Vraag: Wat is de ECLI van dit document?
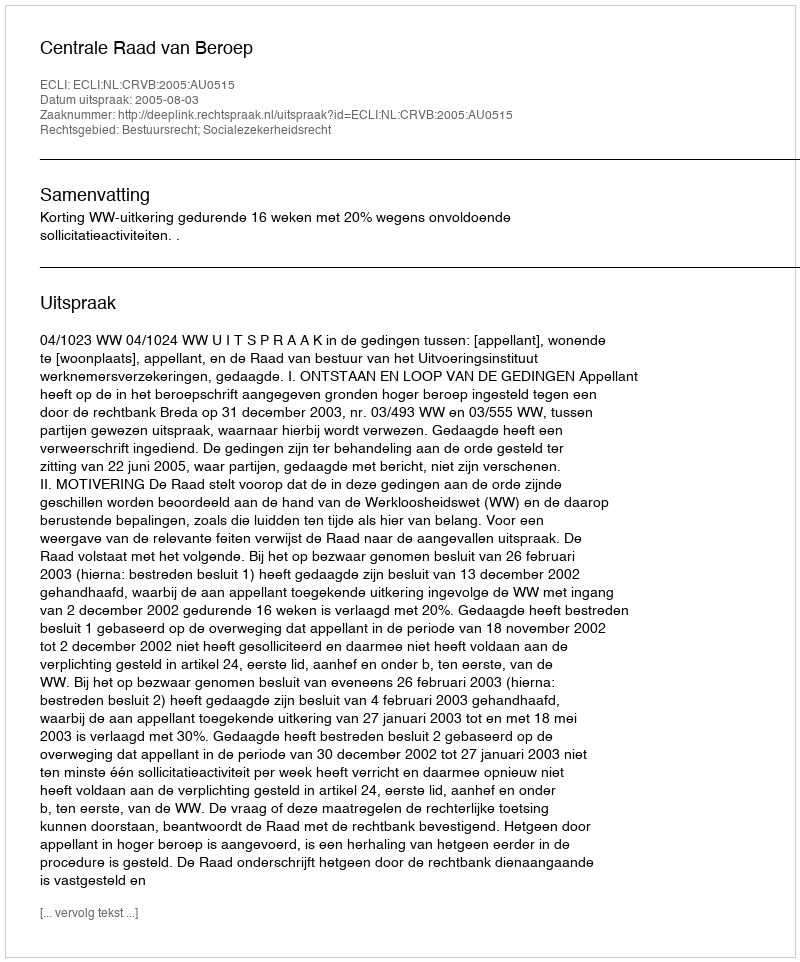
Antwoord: ECLI:NL:CRVB:2005:AU0515